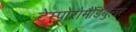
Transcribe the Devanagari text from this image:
टेम्पोरोमैंडिबुलर